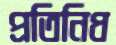
প্রতিনিধ